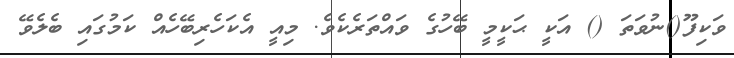
ވަކިފޫ()ނުވަތަ () އަކީ ޙަކީމީ ބޭހުގެ ވައްތަރެކެވެ. މިއީ އެކަހެރިބޭހެއް ކަމުގައި ބެލެވޭ